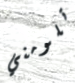
تلومني